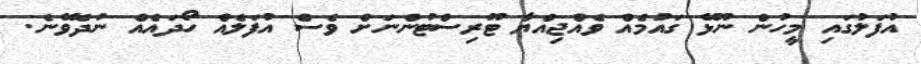
އުފަލުގައި މީހުން ނޫޅޭ ގައުމެއް ވެއްޖިއްޔާ ޓޫރިސްޓުންނަށް ވެސް އުފަލެއް ހޯދައެއް ނުދެވޭނެ.